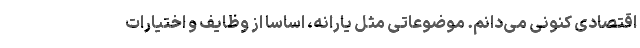
اقتصادی کنونی می‌دانم. موضوعاتی مثل یارانه، اساسا از وظایف و اختیارات